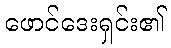
ဖောင်ဒေးရှင်း၏